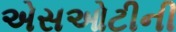
એસઓટીની